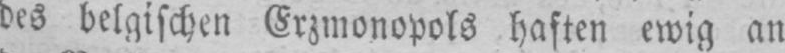
des belgischen Erzmonopols haften ewig an